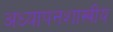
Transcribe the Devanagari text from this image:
अध्यापनशास्त्रीय